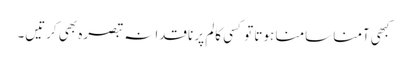
کبھی آمنا سامنا ہوتا تو کسی کالم پر ناقدانہ تبصرہ بھی کرتیں۔